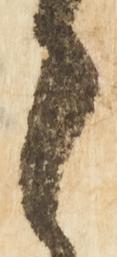
之